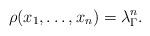
LaTeX: \begin{align*} \rho(x_1,\dots,x_n) = \lambda^n_\Gamma.\end{align*}